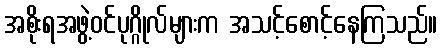
အစိုးရအဖွဲ့ဝင်ပုဂ္ဂိုလ်များက အသင့်စောင့်နေကြသည်။